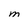
Character: M